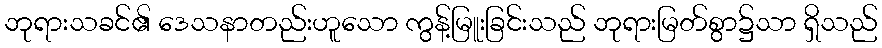
ဘုရားသခင်၏ ဒေသနာတည်းဟူသော ကွန့်မြူးခြင်းသည် ဘုရားမြတ်စွာ၌သာ ရှိသည်